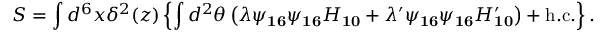
S = \int d ^ { 6 } x \delta ^ { 2 } ( z ) \left\{ \int d ^ { 2 } \theta \left( \lambda \psi _ { \bf 1 6 } \psi _ { \bf 1 6 } H _ { \bf 1 0 } + \lambda ^ { \prime } \psi _ { \bf 1 6 } \psi _ { \bf 1 6 } H _ { \bf 1 0 } ^ { \prime } \right) + \mathrm { h . c . } \right\} .